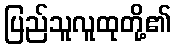
ပြည်သူလူထုတို့၏